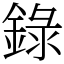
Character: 錄